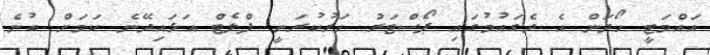
އައްމަޓީ ހޯދަން އެ ދެގައުމުގައި ޕޯސްޓަރު ހަރުކުރަނީ ފްލެޓް އަޅައިދޭނެ ކަމަށް ބުނެ